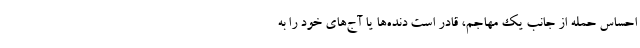
احساس حمله از جانب یک مهاجم، قادر است دنده‌ها یا آج‌های خود را به